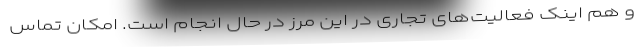
و هم اینک فعالیت‌های تجاری در این مرز در حال انجام است. امکان تماس